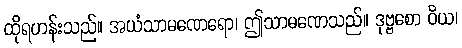
ထိုရဟန်းသည်။ အယံသာမဏေရော၊ ဤသာမဏေသည်။ ဒုဗ္ဗစော ဝိယ၊